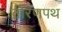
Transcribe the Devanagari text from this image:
तोरणपथ